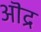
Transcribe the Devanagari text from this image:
ऒद्र